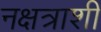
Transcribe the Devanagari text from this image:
नक्षत्राशी